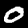
Label: 0